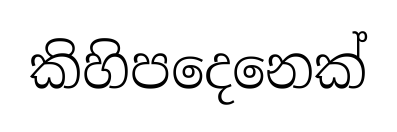
කිහිපදෙනෙක්